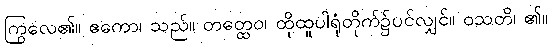
ကြွလေ၏။ ဧကော၊ သည်။ တတ္ထေဝ၊ ထိုထူပါရုံတိုက်၌ပင်လျှင်။ ဝသတိ၊ ၏။